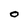
Character: O